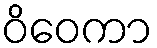
ဝိဝေကာ